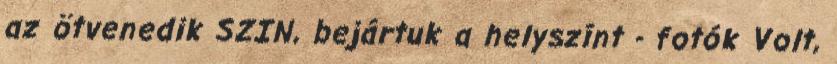
az ötvenedik SZIN, bejártuk a helyszínt - fotók Volt,